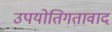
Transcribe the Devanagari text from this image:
उपयोतिगतावाद